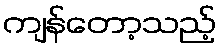
ကျန်တော့သည့်